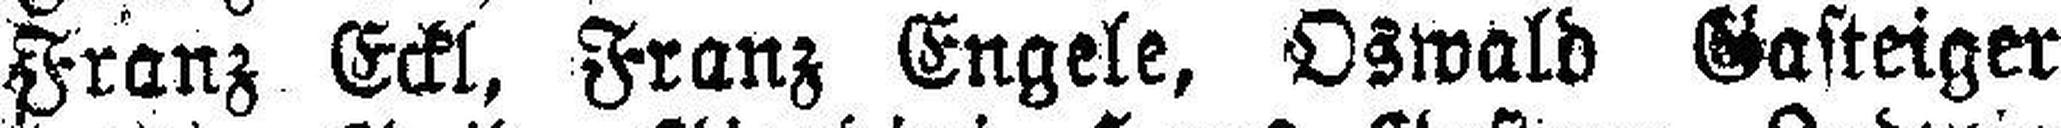
Franz Eckl, Franz Engele, Oswald Gasteiger